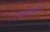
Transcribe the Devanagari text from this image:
एकविचारण